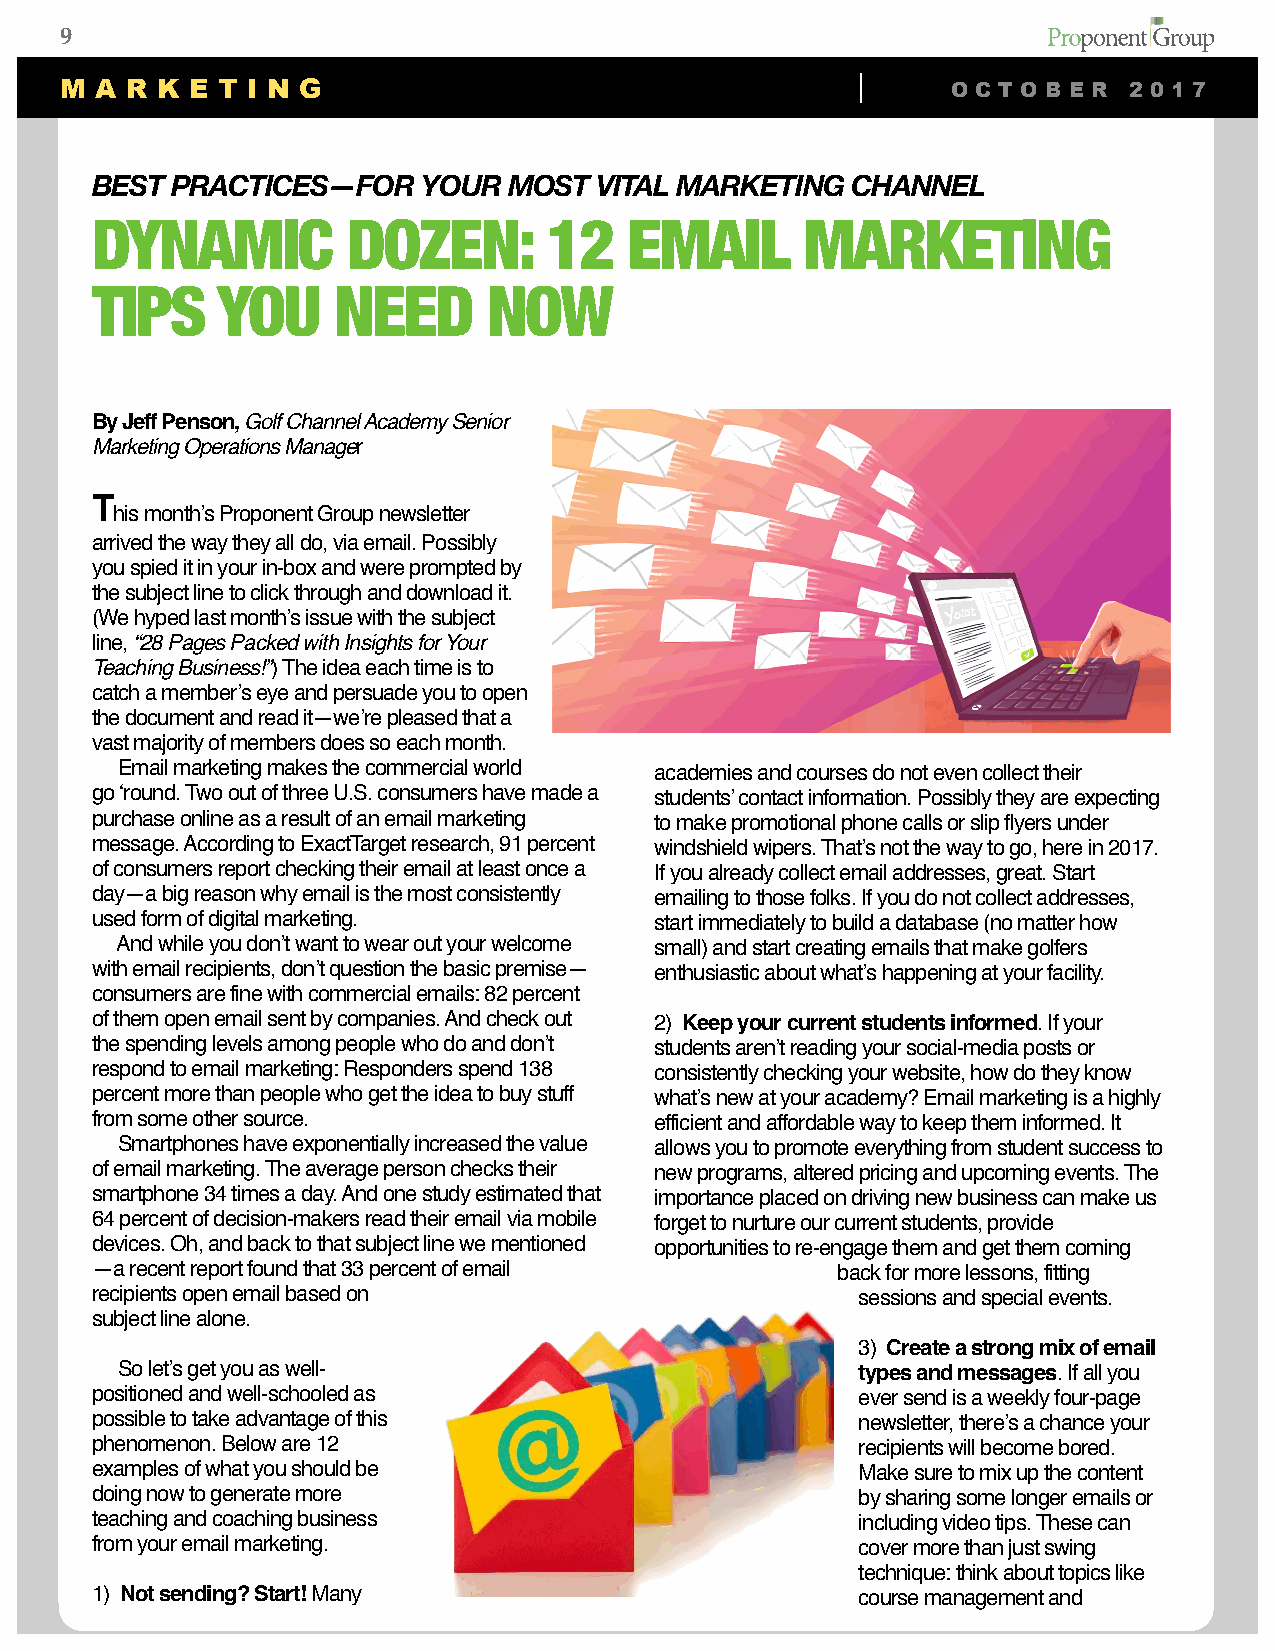
9
 M A R K E T I N G                                          O C T O B E R 2 0 1 7
 BEST PRACTICES—FOR    YOUR  MOST VITAL MARKETING  CHANNEL
 DYNAMIC          DOZEN:       12    EMAIL      MARKETING
 TIPS    YOU     NEED      NOW
 By Jeff Penson, Golf Channel Academy Senior
 Marketing Operations Manager
 T
 his month’s Proponent Group newsletter
 arrived the way they all do, via email. Possibly
 you spied it in your in-box and were prompted by
 the subject line to click through and download it.
 (We hyped last month’s issue with the subject
 line, “28 Pages Packed with Insights for Your
 Teaching Business!”) The idea each time is to
 catch a member’s eye and persuade you to open
 the document and read it—we’re pleased that a
 vast majority of members does so each month.
 Email marketing makes the commercial world academies and courses do not even collect their
 go ‘round. Two out of three U.S. consumers have made a students’ contact information. Possibly they are expecting
 purchase online as a result of an email marketing to make promotional phone calls or slip flyers under
 message. According to ExactTarget research, 91 percent windshield wipers. That’s not the way to go, here in 2017.
 of consumers report checking their email at least once a If you already collect email addresses, great. Start
 day—a big reason why email is the most consistently emailing to those folks. If you do not collect addresses,
 used form of digital marketing.      start immediately to build a database (no matter how
 And while you don’t want to wear out your welcome small) and start creating emails that make golfers
 with email recipients, don’t question the basic premise— enthusiastic about what’s happening at your facility.
 consumers are fine with commercial emails: 82 percent
 of them open email sent by companies. And check out 2) Keep your current students informed. If your
 the spending levels among people who do and don’t students aren’t reading your social-media posts or
 respond to email marketing: Responders spend 138 consistently checking your website, how do they know
 percent more than people who get the idea to buy stuff what’s new at your academy? Email marketing is a highly
 from some other source.              efficient and affordable way to keep them informed. It
 Smartphones have exponentially increased the value allows you to promote everything from student success to
 of email marketing. The average person checks their new programs, altered pricing and upcoming events. The
 smartphone 34 times a day. And one study estimated that importance placed on driving new business can make us
 64 percent of decision-makers read their email via mobile forget to nurture our current students, provide
 devices. Oh, and back to that subject line we mentioned opportunities to re-engage them and get them coming
 —a recent report found that 33 percent of email  back for more lessons, fitting
 recipients open email based on                     sessions and special events.
 subject line alone.
 3) Create a strong mix of email
 So let’s get you as well-                        types and messages. If all you
 positioned and well-schooled as                    ever send is a weekly four-page
 possible to take advantage of this                 newsletter, there’s a chance your
 phenomenon. Below are 12                           recipients will become bored.
 examples of what you should be                     Make sure to mix up the content
 doing now to generate more                         by sharing some longer emails or
 teaching and coaching business                     including video tips. These can
 from your email marketing.                         cover more than just swing
 technique: think about topics like
 1) Not sending? Start! Many                        course management and